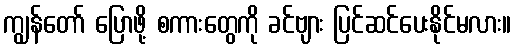
ကျွန်တော် ပြောဖို့ စကားတွေကို ခင်ဗျား ပြင်ဆင်ပေးနိုင်မလား။